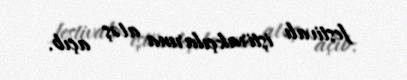
festivalı iştirakçılarına atəş açıb.